Report on horse surra - Volume II, Part II
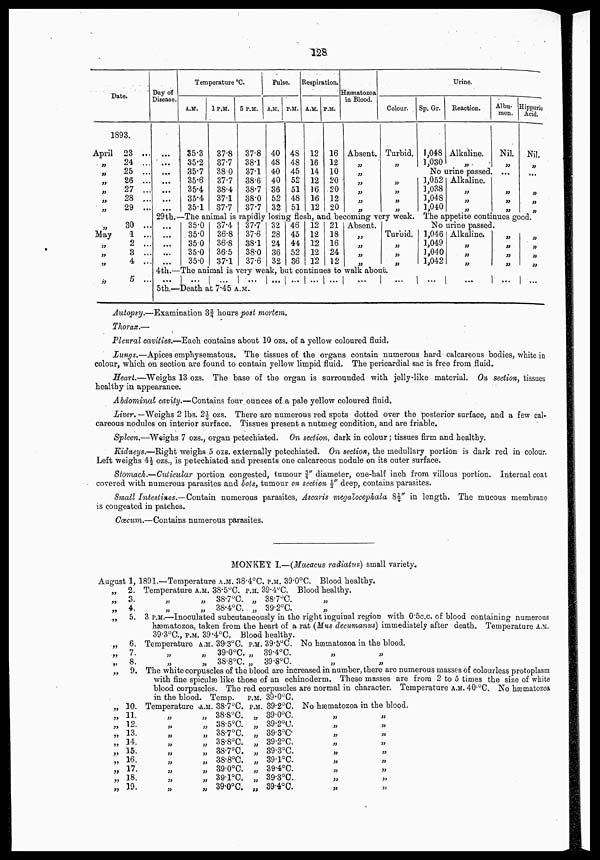
128
Date.
1893.
April
„
„
„
„
„
„
„
May
„
„
„
„
23
24 ...
25 ...
26 ...
27 ...
28 ...
29 ...
30 ..
1 ..
2 ...
3 ..
4 ..
5 ...
Day of
Disease.
...
...
...
...
...
...
Temperature °C.
A.M.
35.3
35.2
35.7
35.6
35.4
35.4
35.1
1P.M.
37.8
37.7
38.0
37.7
38.4
37.1
37.7
5 P.M.
37.8
38.1
37.1
38.6
38.7
38.0
37.7
Pulse.
A.M.
40
48
40
40
36
52
32
P.M.
48
48
45
52
51
48
51
Respiration.
A.M.
12
16
14
12
16
16
12
P.M.
16
12
10
20
20
12
20
Hæmatozoa
in Blood.
Absent.
„
„
„
„
„
„
Colour.
Turbid.
„
„
„
„
„
29th.—The animal is rapidly losing flesh, and becoming very weak.
...
...
...
...
...
35.0
35.0
35.0
35.0
35.0
37.4
36.8
36.8
36.5
37.1
37.7
37.6
38.1
38.0
37.6
32
28
24
36
32
46
45
44
52
36
12
12
12
12
12
21
18
16
24
12
Absent.
„
„
„
„
Turbid.
„
„
„
4th.—The animal is very weak, but continues to walk about.
...
... ...
... ... ... ... ...
...
...
5th.—Death at 7.45 A.M.
Urine.
Sp. Gr.
1,048
1,030
Reaction.
Alkaline.
„
Albu-
men.
Nil.
„
No urine passed. ...
1,052
1,038
1,048
1,040
Alkaline.
„
„
„
„
„
„
Hippuric
Acid.
Nil.
„
„
„
The appetite continues good.
No urine passed.
1,046
1,049
1,040
1,042
Alkaline.
„
„
„
„
„
„
„
...
...
...
„
„
„
„
...
Autopsy.—Examination 3¾ hours post mortem.
Thorax.—
Pleural cavities.—Each contains about 10 ozs. of a yellow coloured fluid.
Lungs.—Apices emphysematous. The tissues of the organs contain numerous hard calcareous bodies, white in
colour, which on section are found to contain yellow limpid fluid. The pericardial sac is free from fluid.
Heart.—Weighs 13 ozs. The base of the organ is surrounded with jelly-like material. On section, tissues
healthy in appearance.
Abdominal cavity.—Contains four ounces of a pale yellow coloured fluid,
Liver. —Weighs 2 lbs. 2½ ozs. There are numerous red spots dotted over the posterior surface, and a few cal-
careous nodules on interior surface. Tissues present a nutmeg condition, and are friable.
Spleen.—Weighs 7 ozs., organ petechiated. On section, dark in colour ; tissues firm and healthy.
Kidneys.—Right weighs 5 ozs. externally petechiated. On section, the medullary portion is dark red in colour.
Left weighs 4½ ozs., is petechiated and presents one calcareous nodule on its outer surface.
Stomach.—Cuticular portion congested, tumour ¾" diameter, one-half inch from villous portion. Internal coat
covered with numerous parasites and bots, tumour on section ½" deep, contains parasites.
Small Intestines.—Contain numerous parasites, Ascaris megalocephala 8½" in length, The mucous membrane
is congested in patches.
Cæcum.—Contains numerous parasites.
MONKEY I.—(Macacus radiatus) small variety.
August 1,
„
„
„
„
„
„
„
„
„
„
„
„
„
„
„
„
„
„
2.
3.
4.
5.
6.
7.
8.
9.
10.
11.
12.
13.
14.
15.
16.
17.
18.
19.
1891.—Temperature A.M. 38.4°C. P.M. 39.0°C. Blood healthy.
Temperature
„
„
A.M.
„
„
38.5°C.
38.7°C.
38.4°C.
P.M.
„
„
39.4°C.
38.7°C.
39.2°C.
Blood healthy.
„
„
3 P.M.—Inoculated subcutaneously in the right inguinal region with 0.5c.c. of blood containing numerous
hæmatozoa, taken from the heart of a rat (Mus decumanus) immediately after death. Temperature A.M.
39.3°C., P.M. 39.4°C. Blood healthy.
Temperature
„
„
A.M.
„
„
39.3°C.
39.0°C.
38.8°C.
P.M.
„
„
39.5°C.
39.4°C.
39.8°C.
No hæmatozoa
„
„
in the blood.
„
„
The white corpuscles of the blood are increased in number, there are numerous masses of colourless protoplasm
with fine spiculæ like those of an echinoderm. These masses are from 2 to 5 times the size of white
blood corpuscles. The red corpuscles are normal in character. Temperature A.M. 40. O C. NO hæmatozoa
in the blood.
Temperature
„
„
„
„
„
„
„
„
„
A.M.
„
„
„
„
„
„
„
„
„
Temp.
38.7°C.
38.8°C.
38.5°C.
38.7°C.
38.8°C.
38.7°C.
38.8°C.
39.0°C.
39.1°C.
39.0°C.
P.M.
P.M.
„
„
„
„
„
„
„
„
„
39.0°C.
39.2°C.
39.0°C.
39.2°C.
39.3°C.
39.2°C.
39.3°C.
39.1°C.
39.4°C.
39.3°C.
39.4°C.
No hæmatozoa
„
„
„
„
„
„
„
„
„
in the blood.
„
„
„
„
„
„
„
„
„